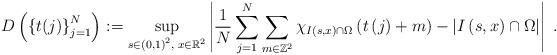
LaTeX: \begin{align*}D\left( \left\{ t(j)\right\} _{j=1}^{N}\right) :=\sup_{s\in\left( 0,1\right) ^{2},\;x\in\mathbb{R}^{2}}\left\vert\frac{1}{N}\sum_{j=1}^{N}\sum_{m\in\mathbb{Z}^{2}}\chi_{I\left( s,x\right)\cap\Omega}\left( t\left( j\right) +m\right) -\left\vert I\left(s,x\right) \cap\Omega\right\vert \right\vert \;. \end{align*}